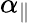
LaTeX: \alpha_{\parallel}